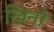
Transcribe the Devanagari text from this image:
खिनो